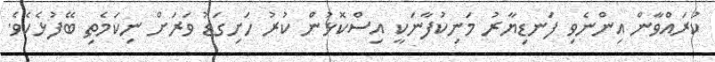
ކުރައްވާން އިންނެވި ފަނޑިޔާރު މަނިކުފާނަކީ އިސްކޮޅުން ކުރު ހަށިގަޑު ވަރަށް ނިކަމެތި ބޭފުޅެކެވެ.